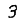
Digit: 3